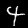
Label: 4